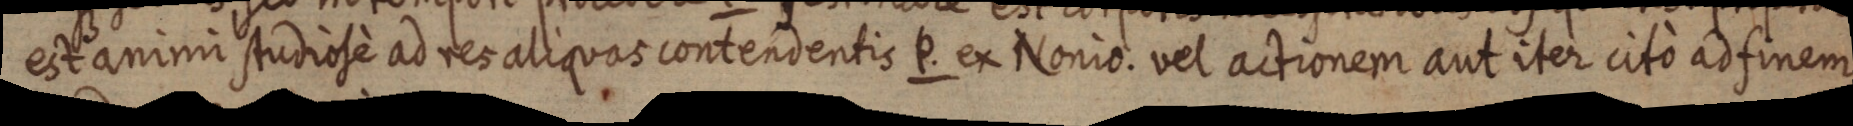
est animi studiose ad res aliquas contendentis P. ex Nonio. vel actionem aut iter cito ad finem